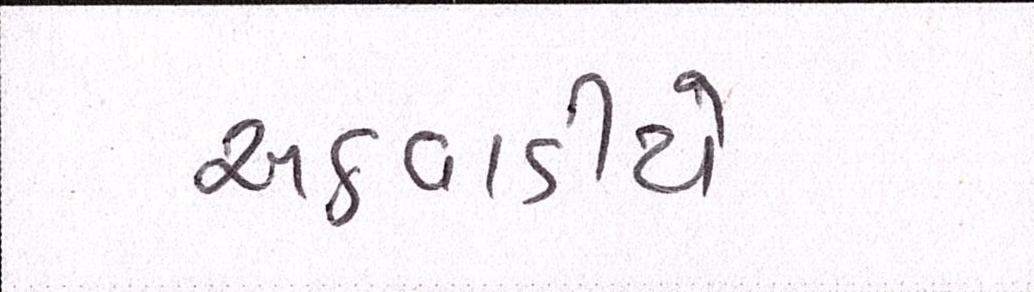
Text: અઠવાડીયે